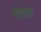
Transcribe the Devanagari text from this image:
चोलांनी